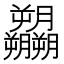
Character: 𬂚